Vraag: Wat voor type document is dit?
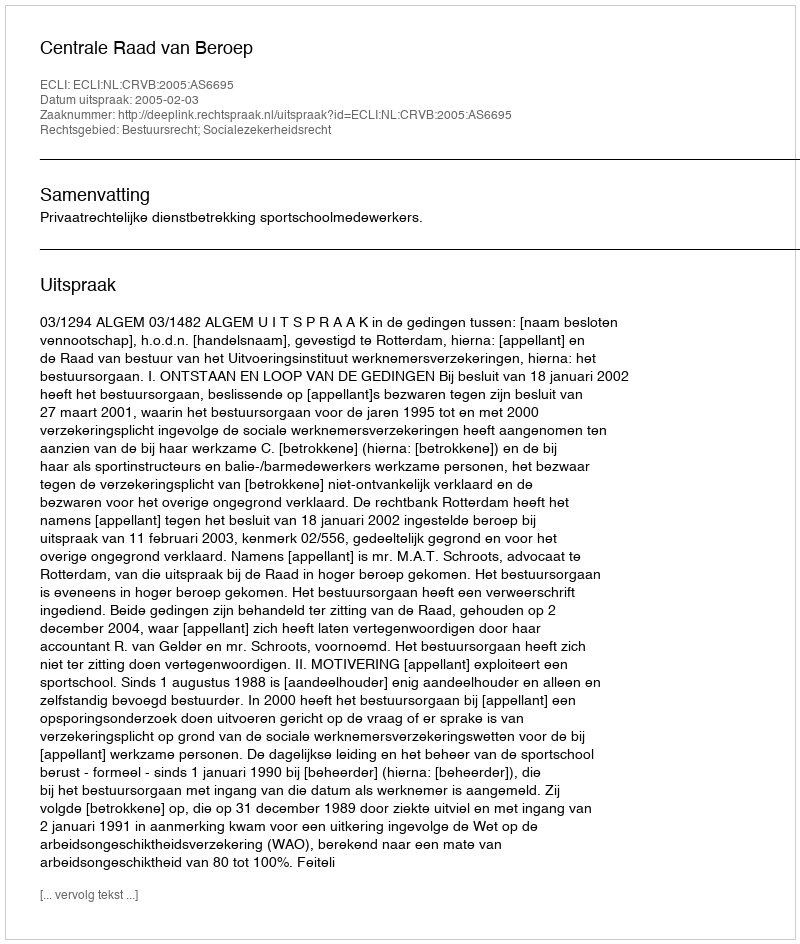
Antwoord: Uitspraak